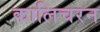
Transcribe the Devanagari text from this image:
कालिचरन